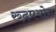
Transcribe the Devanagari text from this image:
रुद्रप्रयोग